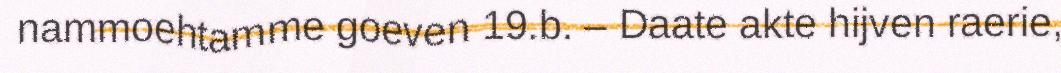
nammoehtamme goeven 19.b. – Daate akte hijven raerie,